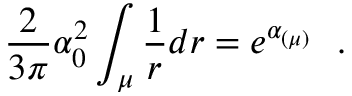
\frac { 2 } { 3 \pi } \alpha _ { 0 } ^ { 2 } \int _ { \mu } \frac { 1 } { r } d r = e ^ { \alpha _ { ( \mu ) } } ~ ~ .